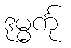
ဒုမ္မင်္ကု